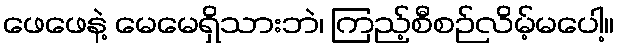
ဖေဖေနဲ့ မေမေရှိသားဘဲ၊ ကြည့်စီစဉ်လိမ့်မပေါ့။